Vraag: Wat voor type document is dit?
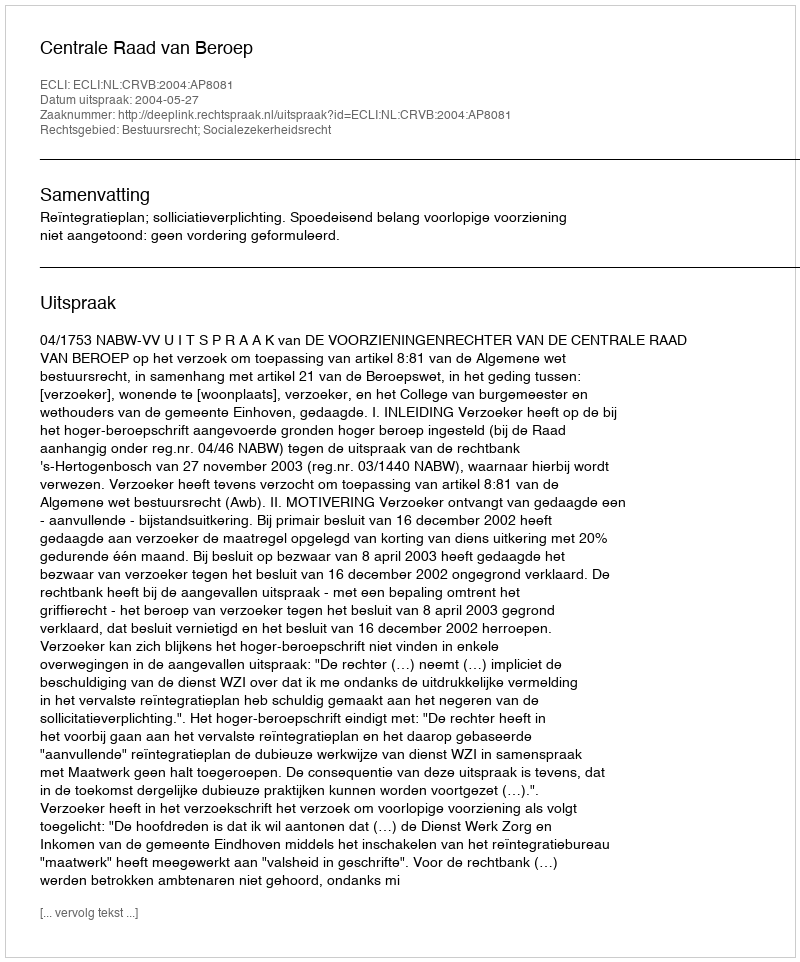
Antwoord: Uitspraak